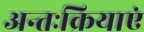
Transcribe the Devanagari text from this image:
अन्तःक्रियाएं